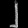
Digit: ၂